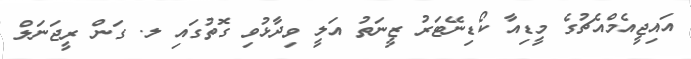
އައިޖީއެމްއެޗުގެ މީޑިއާ ކޯޑިނޭޓަރު ޒީނަތު އަލީ ވިދާޅުވި ގޮތުގައި ލ. ގަން ރީޖަނަލް